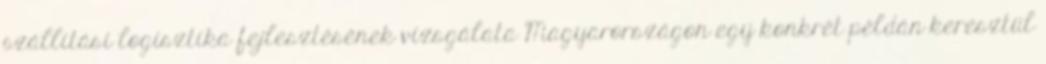
szállítási logisztika fejlesztésének vizsgálata Magyarországon egy konkrét példán keresztül